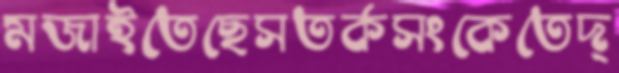
মজাইতেছেসতর্কসংকেতেদ্